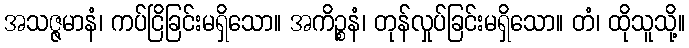
အသဇ္ဇမာနံ၊ ကပ်ငြိခြင်းမရှိသော။ အကိဉ္စနံ၊ တုန်လှုပ်ခြင်းမရှိသော။ တံ၊ ထိုသူသို့။